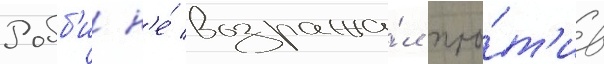
Робб'и н'е́ возража́л про́т'ив